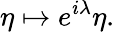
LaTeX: \displaystyle\eta\mapsto e^{i\lambda}\eta.